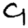
Digit: 9